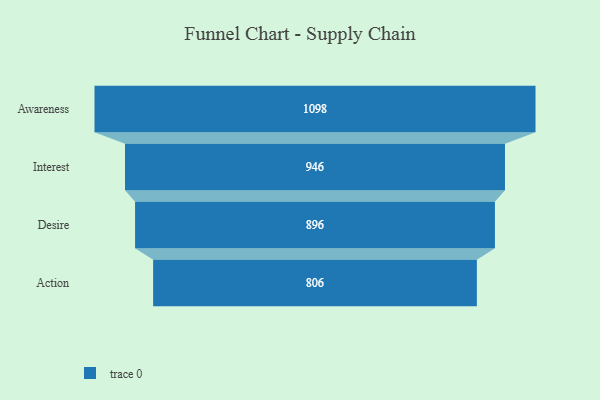
{"axis": {"x": "Stage", "y": "Value"}, "legend": [""], "data": [{"x": "Awareness", "y": 1098.0, "type": ""}, {"x": "Interest", "y": 946.0, "type": ""}, {"x": "Desire", "y": 896.0, "type": ""}, {"x": "Action", "y": 806.0, "type": ""}]}